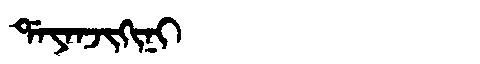
Manchu: ᡩᠠᠶᠠᠨᠵᡳᡴᡳᠨᡳ
Romanization: DAYANJIKINI